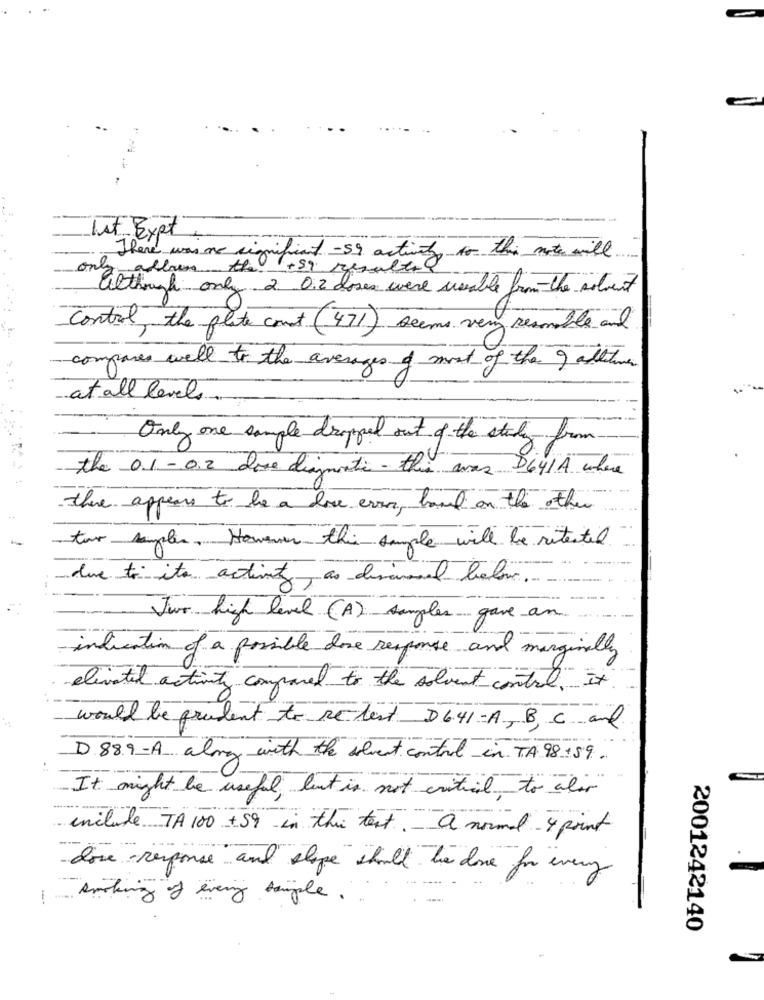
--
Ist Bypt
There was no significant -59 activity to this note will
address the + 59
although only 2. 0.2 doses were unable from the solvent
Control the plate count (471) seems very reamable and
compases well to the average of most of the 9 alletue
at all levels
Only one sample dropped out of the study from
the 01 - 0.2 dove diamanti - this was D641A where
there appears to be a dove even, band on the other
two samples, However this sample will be ritestil.
due to ita activity, as discussed below.
Jur high level (A) samples gave an
- indication of a possible done response and mary
marginally
elevated activity compared to the solvent contal. it
would be prudent to re-test D6.41-A, B, C and
D 889-A almay with the sevent control in TA 98+59.
It might be useful lent is not critical to alir
include TA 100 +59 in this text. a normal 4 point
dose response and slope should be done for every
smoking of evening simple .
2001242140